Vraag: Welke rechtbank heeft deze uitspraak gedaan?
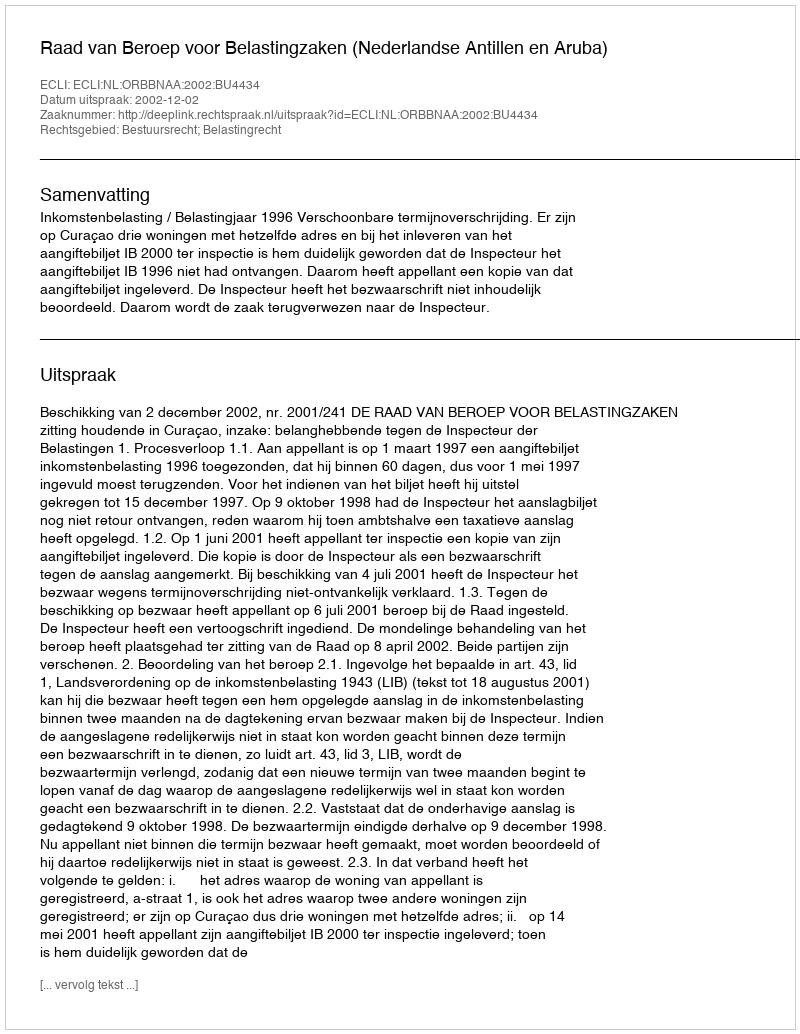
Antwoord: Raad van Beroep voor Belastingzaken (Nederlandse Antillen en Aruba)